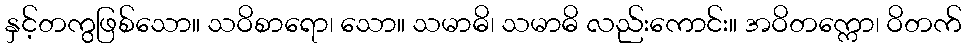
နှင့်တကွဖြစ်သော။ သဝိစာရော၊ သော။ သမာဓိ၊ သမာဓိ လည်းကောင်း။ အဝိတက္ကော၊ ဝိတက်